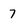
Character: 7